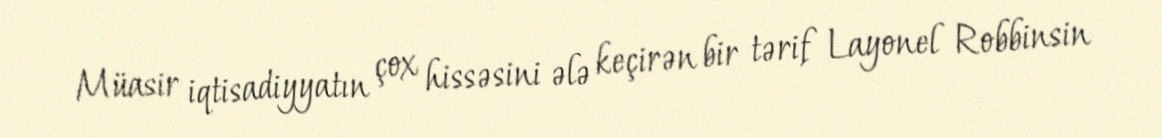
Müasir iqtisadiyyatın çox hissəsini ələ keçirən bir tərif Layonel Robbinsin